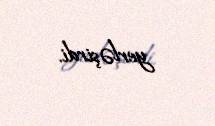
yerləşirdi.